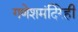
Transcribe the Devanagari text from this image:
गणेशमंदिरेही